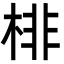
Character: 棑